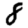
Digit: 8